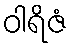
ဝါရိဇံ